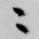
ニ